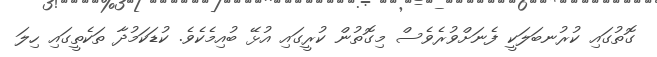
ގޮތުގައި ކުރުނބަލަކީ ފެނަށްވުރެވެސް މިގޮތުން ކުރީގައި އުޅޭ ބުއިމެކެވެ. ކުޑަކަމުދާ ތަކެތީގައި ހިލަ